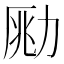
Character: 𠡲